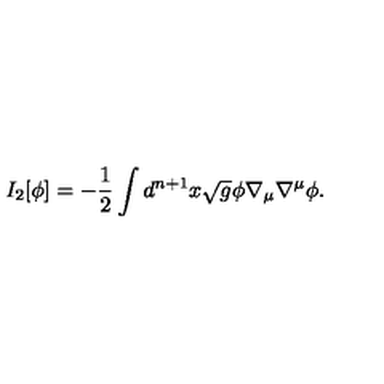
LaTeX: I _ { 2 } [ \phi ] = - { \frac { 1 } { 2 } } \int d ^ { n + 1 } x \sqrt { g } \phi \nabla _ { \mu } \nabla ^ { \mu } \phi .